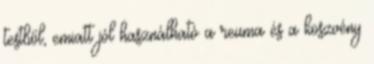
testből, emiatt jól használható a reuma és a köszvény